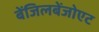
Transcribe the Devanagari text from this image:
बेंजिलबेंजोएट